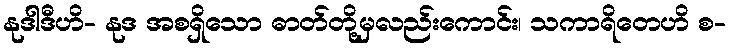
နုဒါဒီဟိ- နုဒ အစရှိသော ဓာတ်တို့မှလည်းကောင်း၊ သကာရိတေဟိ စ-